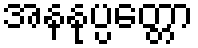
အနနုပ္ပတ္တော